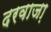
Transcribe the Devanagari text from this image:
दरवाजा़